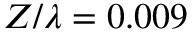
Z / \lambda = 0 . 0 0 9